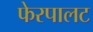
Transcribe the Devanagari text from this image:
फेरपालट